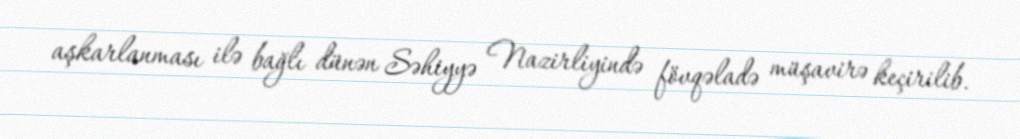
aşkarlanması ilə bağlı dünən Səhiyyə Nazirliyində fövqəladə müşavirə keçirilib.